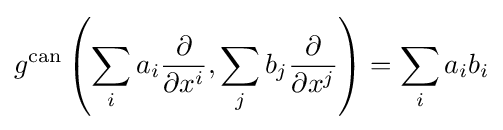
g^{\text{can}}\left(\sum _{i}a_{i}{\frac {\partial }{\partial x^{i}}},\sum _{j}b_{j}{\frac {\partial }{\partial x^{j}}}\right)=\sum _{i}a_{i}b_{i}